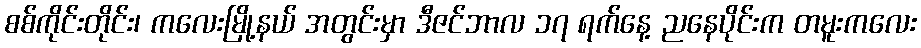
စစ်ကိုင်းတိုင်း၊ ကလေးမြို့နယ် အတွင်းမှာ ဒီဇင်ဘာလ ၁၇ ရက်နေ့ ညနေပိုင်းက တမူးကလေး